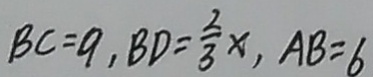
B C = 9 , B D = \frac { 2 } { 3 } x , A B = 6